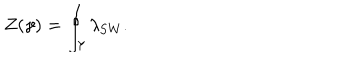
Z ( \gamma ) = \oint _ { \gamma } \lambda _ { \mathrm { S W } } .